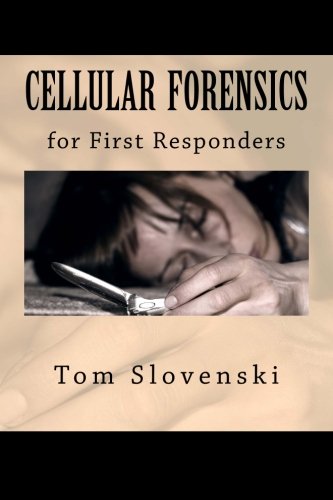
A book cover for Cellular Forensics for First Responders (Volume 1); Tom Slovenski; Law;